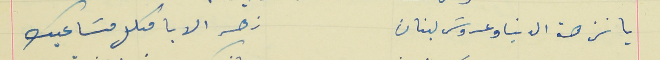
يا نزهة الدنيا وعروسَ لبنان                                    زهر الابا مكلل مسَاعيك